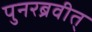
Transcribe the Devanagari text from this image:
पुनरब्रवीत्